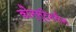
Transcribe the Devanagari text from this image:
कौन्स्टैनटीन